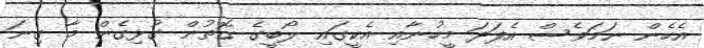
އެހެން ނަމަވެސް އެފަދަ މީހުނާއި އެކީގައި ލޯބީގެ ގޮތުން ގުޅިގެން މާ ގިނަ